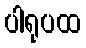
ပါရုပထ